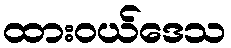
ထားဝယ်ဒေသ